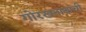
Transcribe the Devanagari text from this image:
गोरखनाथाची